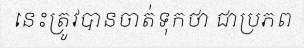
នេះត្រូវបានចាត់ទុកថា ជាប្រភព